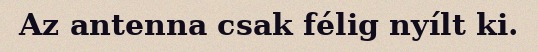
Az antenna csak félig nyílt ki.